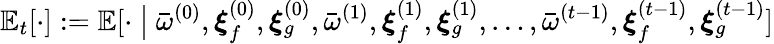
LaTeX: \mathbb{E}_{t}[\cdot]:=\mathbb{E}[\cdot~\big|~\bar{\omega}^{(0)},\boldsymbol{\xi}_{f}^{(0)},\boldsymbol{\xi}_{g}^{(0)},\bar{\omega}^{(1)},\boldsymbol{\xi}_{f}^{(1)},\boldsymbol{\xi}_{g}^{(1)},\dots,\bar{\omega}^{(t-1)},\boldsymbol{\xi}_{f}^{(t-1)},\boldsymbol{\xi}_{g}^{(t-1)}]